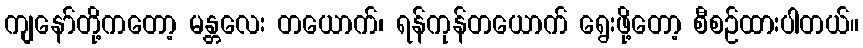
ကျနော်တို့ကတော့ မန္တလေး တယောက်၊ ရန်ကုန်တယောက် ရွေးဖို့တော့ စီစဉ်ထားပါတယ်။